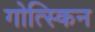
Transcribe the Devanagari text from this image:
गोत्स्किन